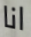
انا